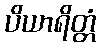
ပိယာရိတ္တံ